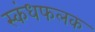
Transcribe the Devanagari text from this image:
स्कंधफलक